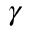
\gamma